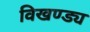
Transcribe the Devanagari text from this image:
विखण्ड्य